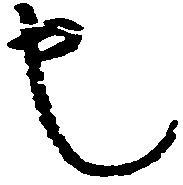
也